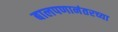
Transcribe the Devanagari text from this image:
बालपणानंतरच्या